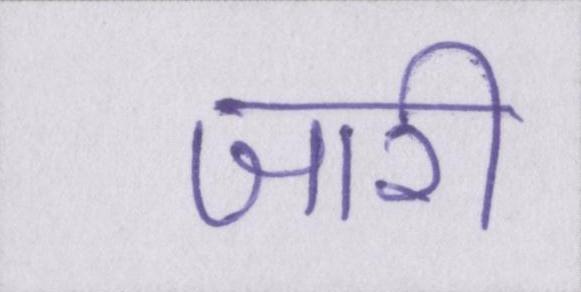
जारी